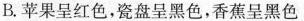
B.苹果呈红色，瓷盘呈黑色，香蕉呈黑色